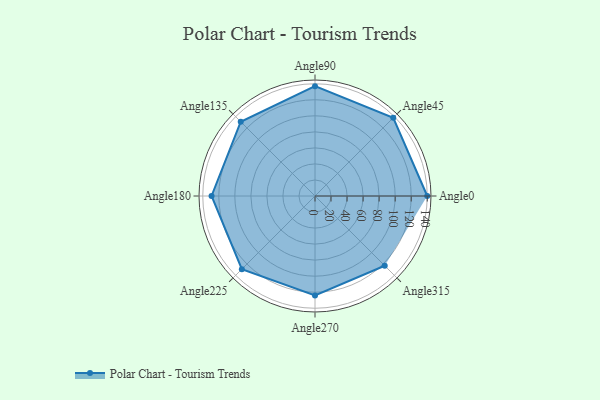
{"axis": {"x": "Angle", "y": "Radius"}, "legend": [""], "data": [{"x": "Angle0", "y": 140.0, "type": ""}, {"x": "Angle45", "y": 138.0, "type": ""}, {"x": "Angle90", "y": 137.0, "type": ""}, {"x": "Angle135", "y": 131.0, "type": ""}, {"x": "Angle180", "y": 129.0, "type": ""}, {"x": "Angle225", "y": 129.0, "type": ""}, {"x": "Angle270", "y": 124.0, "type": ""}, {"x": "Angle315", "y": 123.0, "type": ""}]}